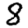
Digit: 8